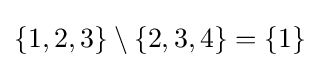
\{1,2,3\}\setminus \{2,3,4\}=\{1\}